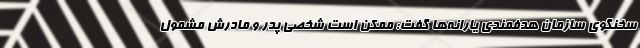
سخنگوی سازمان هدفمندی یارانه‌ها گفت: ممکن است شخصی پدر و مادرش مشمول